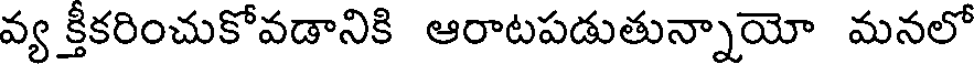
వ్య క్తీకరించుకోవడానికి ఆరాటపడుతున్నాయో మనలో